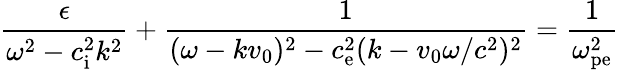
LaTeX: \frac{\epsilon}{\omega^{2}-c_{\mathrm{i}}^{2}k^{2}}+\frac{1}{(\omega-kv_{0})^{2}-c_{\mathrm{e}}^{2}(k-v_{0}\omega/c^{2})^{2}}=\frac{1}{\omega_{\mathrm{pe}}^{2}}